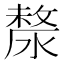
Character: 漦